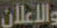
والإعلان